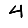
Digit: 4